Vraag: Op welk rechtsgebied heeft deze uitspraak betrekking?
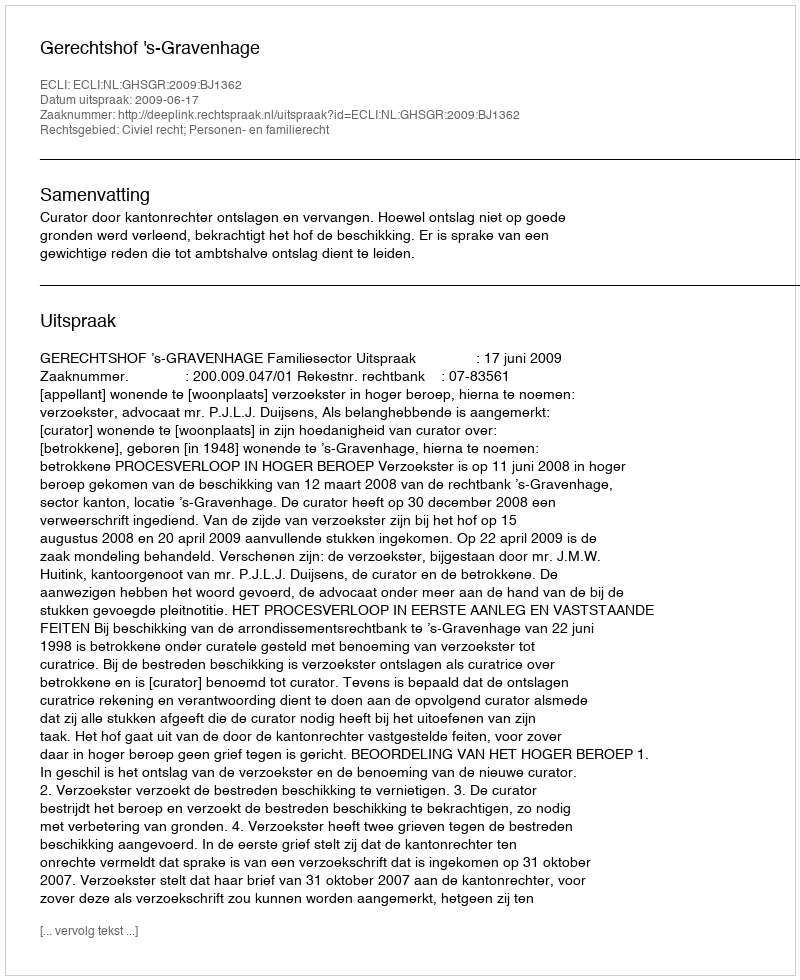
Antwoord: Civiel recht; Personen- en familierecht